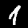
Label: 1